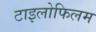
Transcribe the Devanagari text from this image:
टाइलोफिलम